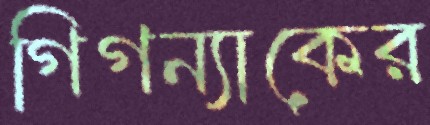
গিগন্যাকের